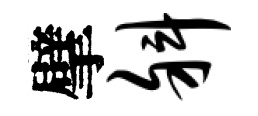
擘斜